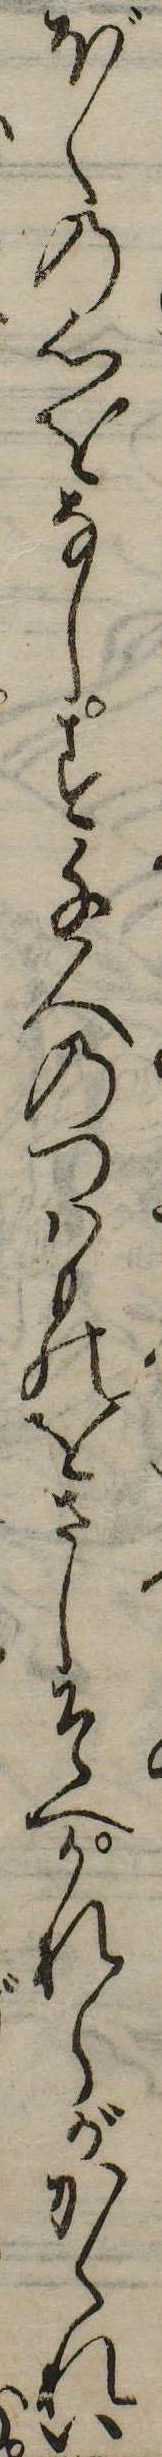
ぼくの心をなしす千人のつはものをさしそへかれらがかくれい